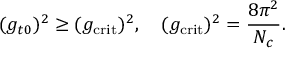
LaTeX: ( g _ { t 0 } ) ^ { 2 } \geq ( g _ { \mathrm { c r i t } } ) ^ { 2 } , \quad ( g _ { \mathrm { c r i t } } ) ^ { 2 } = \frac { 8 \pi ^ { 2 } } { N _ { c } } .